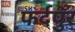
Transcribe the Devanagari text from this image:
फर्दपुर